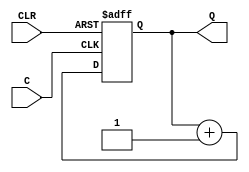
`timescale 1ns / 1ps
//////////////////////////////////////////////////////////////////////////////////
// Company: 
// Engineer: 
// 
// Design Name: 
// Module Name:    counter_1 
// Project Name: 
// Target Devices: 
// Tool versions: 
// Description: 
//
// Dependencies: 
//
// Revision: 
// Revision 0.01 - File Created
// Additional Comments: 
//
//////////////////////////////////////////////////////////////////////////////////
module counter_1 (input C, CLR, output reg
[3:0] Q);
always @(posedge C or posedge CLR)
begin
if (CLR)
Q <= 4'b0000;
else
Q <= Q + 1'b1;
end
endmodule